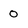
Character: 0